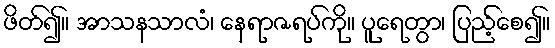
ဖိတ်၍။ အာသနသာလံ၊ နေရာဇရပ်ကို။ ပူရေတွာ၊ ပြည့်စေ၍။